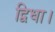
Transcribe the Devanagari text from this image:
द्विधा।